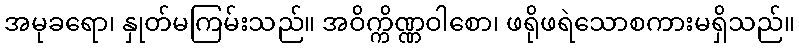
အမုခရော၊ နှုတ်မကြမ်းသည်။ အဝိက္ကိဏ္ဏဝါစော၊ ဖရိုဖရဲသောစကားမရှိသည်။